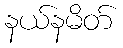
နယ်နမိတ်